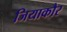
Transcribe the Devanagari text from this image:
जियाकौर